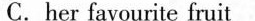
C.her favourite fruit